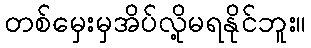
တစ်မှေးမှအိပ်လို့မရနိုင်ဘူး။